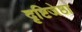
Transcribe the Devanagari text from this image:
दृष्टिजेष्ठा